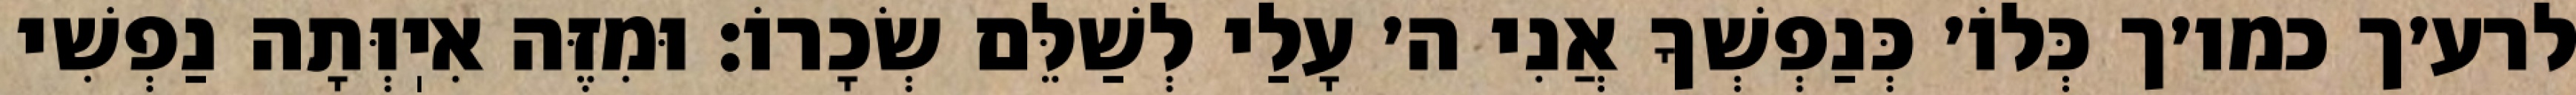
לרע׳ך כמו׳ך כְּלוֹ׳ כְּנַפְשְׁךָ אֲנִי ה׳ עָלַי לְשַׁלֵּם שְׂכָרוֹ: וּמִזֶּה אִיֽוְּתָה נַפְשִׁי